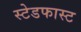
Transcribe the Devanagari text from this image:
स्टेडफास्ट